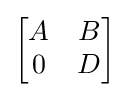
{\begin{bmatrix}A&B\\0&D\end{bmatrix}}